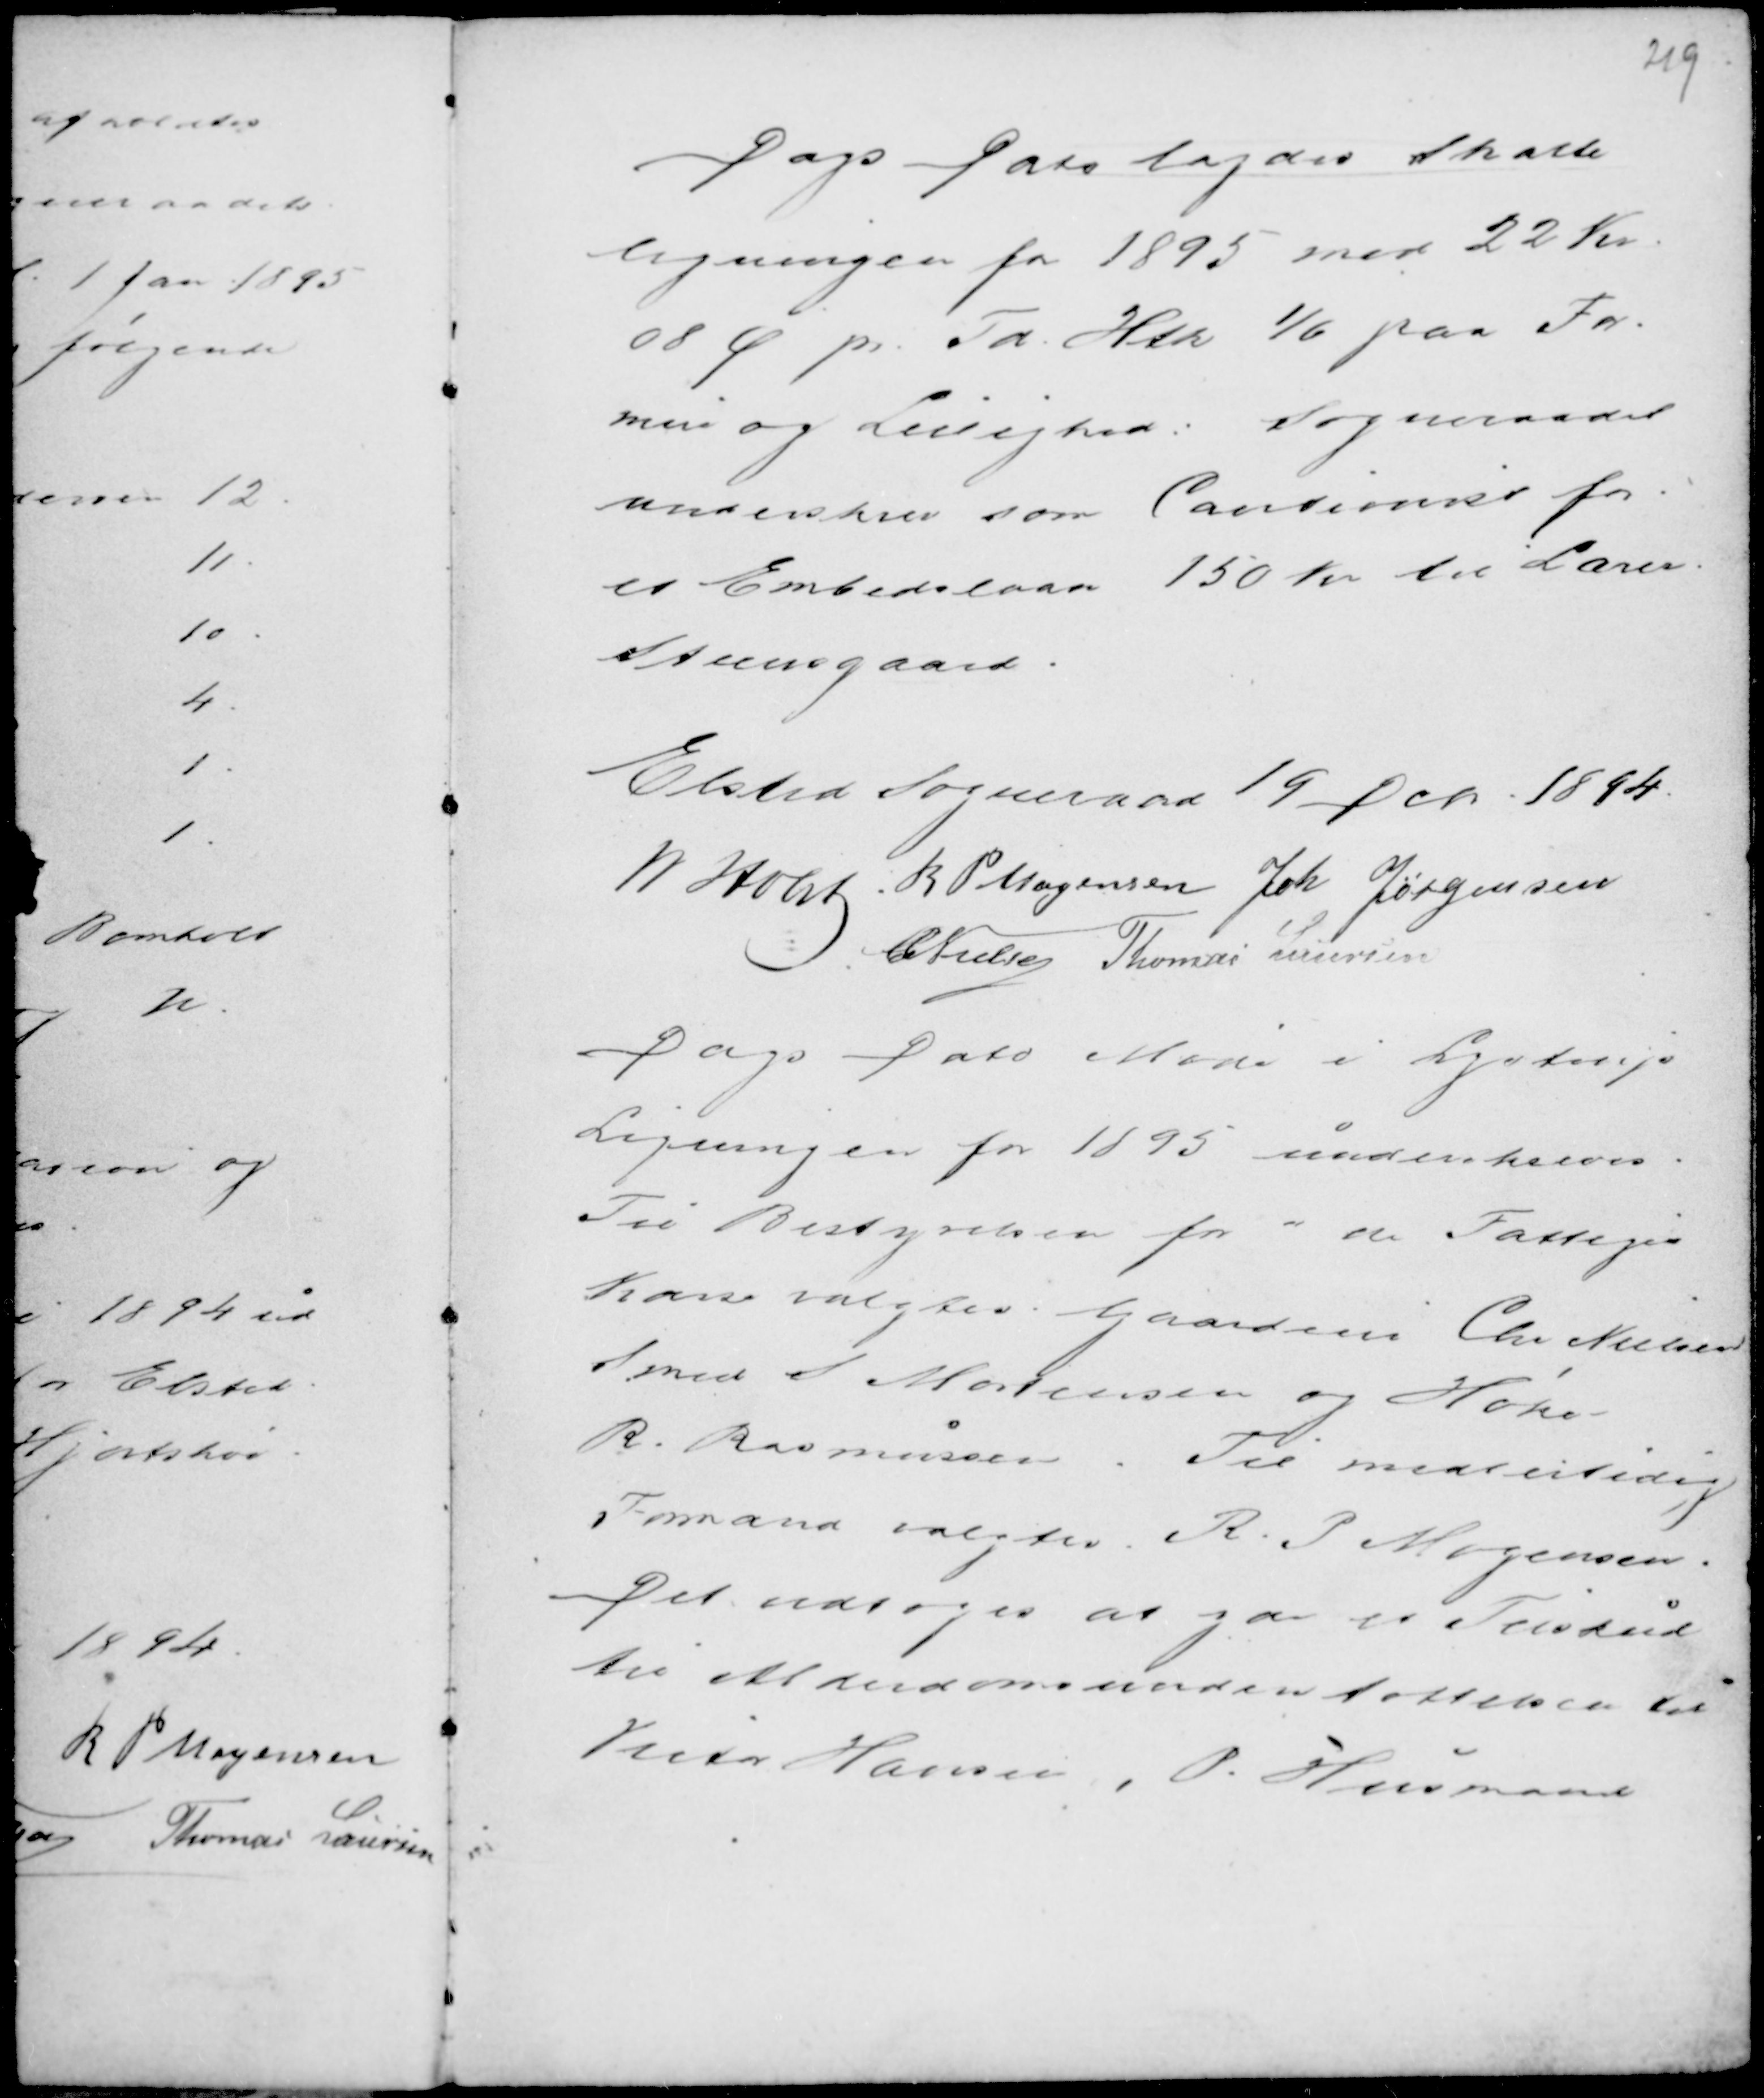
Transskription:
Dags Dato lagdes Skatte-
ligningen for 1895 med 22 Kr.
08 Ø pr. Td. Htk 1/6 paa For-
mue og Lejlighed. Sogneraadet
underskrev som Cautionist for
et Enhedslaan 150 Kr til Lærer
Steensgaard.

Elsted Sogneraad 19 Dcbr 1894.
M Holst R P Mogensen Joh Jørgensen
C. Nielsen Thomas Laursen

Dags Dato Møde i Lystrup
Ligningen for 1895 underskreves.
Til Bestyrelsen for de Fattiges
Kasse valgtes Gaardejere Chr Nielsen
Smed S. Mortensen og Høker
R. Rasmussen. Til midlertidig
Formand valgtes R. P Mogensen.
Det vedtoges at yde et Forskud
til Alderdomsunderstøttelsen til
Victor Hansen, P. Husmand